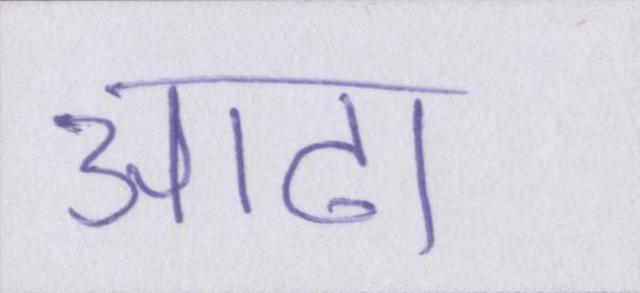
आढा